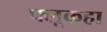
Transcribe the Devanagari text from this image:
फ्लूकहा